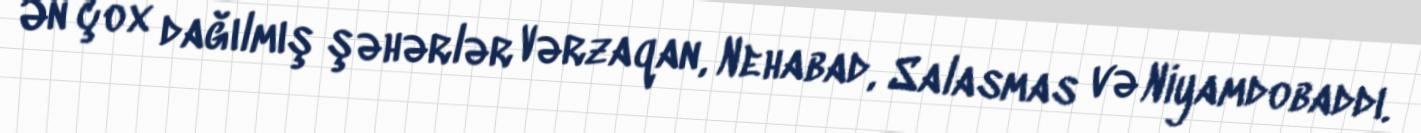
Ən çox dağılmış şəhərlər Vərzaqan, Nehabad, Salasmas və Niyamdobaddı.